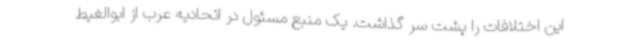
این اختلافات را پشت سر گذاشت. یک منبع مسئول در اتحادیه عرب از ابوالغیط